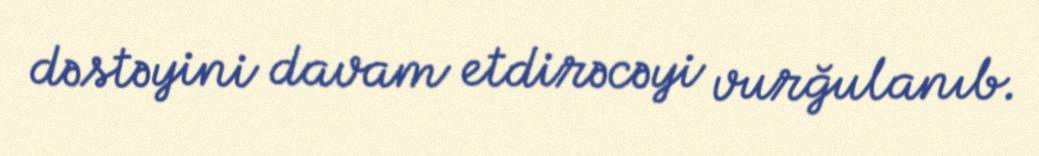
dəstəyini davam etdirəcəyi vurğulanıb.